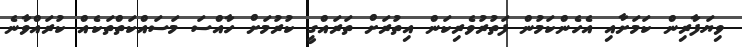
ވިޔަފާރިން ކަމަށާއި އެހެންކަމުން ފަތުރުވެރިކަން އިތުރަށް ތަރައްގީ ކުރުމަށް ހާއްސަ މަސައްކަތްތަކެއް ކުރައްވާނެ